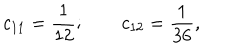
c _ { 1 1 } = \frac 1 { 1 2 } ; \qquad c _ { 1 2 } = \frac 1 { 3 6 } ,